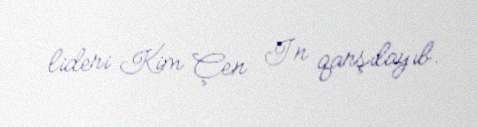
lideri Kim Çen In qarşılayıb.